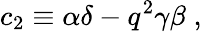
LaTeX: c_{2}\equiv\alpha\delta-q^{2}\gamma\beta\; ,